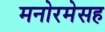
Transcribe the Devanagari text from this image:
मनोरमेसह